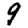
Digit: 9